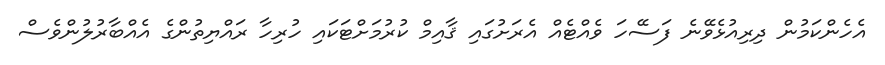
އެެހެންކަމުން ދިރިއުޅެވޭނެ ފަސޭހަ ވެއްޓެއް އެރަށުގައި ޤާއިމް ކުރުމަށްޓަަކައި ހުރިހާ ރައްޔިތުންގެ އެއްބާރުލުންވެސް